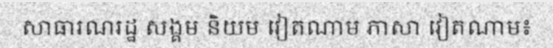
សាធារណរដ្ឋ សង្គម និយម វៀតណាម ភាសា វៀតណាម៖